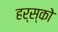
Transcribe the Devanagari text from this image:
हर्स्को